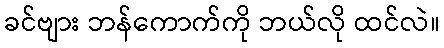
ခင်ဗျား ဘန်ကောက်ကို ဘယ်လို ထင်လဲ။